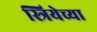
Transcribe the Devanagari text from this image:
स्त्रियेच्या